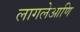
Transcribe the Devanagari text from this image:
लागलेआणि